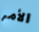
الأمر